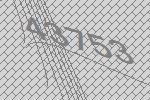
43753